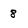
Character: 8